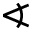
\sphericalangle